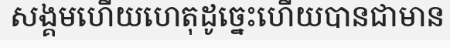
សង្គមហើយហេតុដូច្នេះហើយបានជាមាន